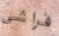
فراشي